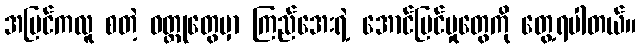
အပြင်ကလူ စတဲ့ ဝတ္ထုတွေမှာ ကြည်အေးရဲ့ အောင်မြင်မှုတွေကို တွေ့ရပါတယ်။